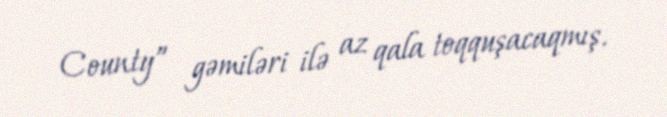
County” gəmiləri ilə az qala toqquşacaqmış.